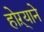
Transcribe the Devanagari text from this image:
होऱ्याने